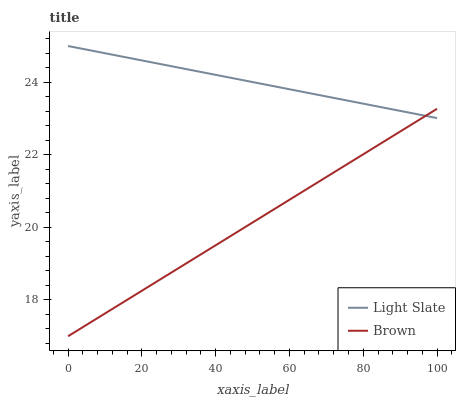
| xaxis_label | Light Slate | Brown |
 | --- | --- | --- |
 | 0 | 25 | 17 |
 | 7.14 | 24.9 | 17.4 |
 | 14.3 | 24.7 | 17.9 |
 | 21.4 | 24.6 | 18.3 |
 | 28.6 | 24.4 | 18.8 |
 | 35.7 | 24.3 | 19.2 |
 | 42.9 | 24.1 | 19.7 |
 | 50 | 24 | 20.1 |
 | 57.1 | 23.9 | 20.6 |
 | 64.3 | 23.7 | 21 |
 | 71.4 | 23.6 | 21.5 |
 | 78.6 | 23.4 | 21.9 |
 | 85.7 | 23.3 | 22.4 |
 | 92.9 | 23.2 | 22.8 |
 | 100 | 23 | 23.3 |